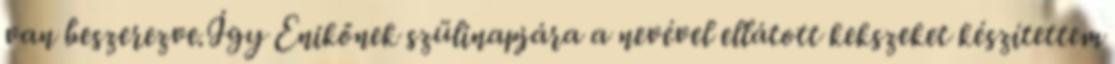
van beszerezve.Így Enikőnek szülinapjára a nevével ellátott kekszeket készítettem